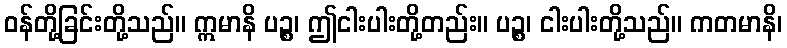
ဝန်တို့ခြင်းတို့သည်။ ဣမာနိ ပဉ္စ၊ ဤငါးပါးတို့တည်း။ ပဉ္စ၊ ငါးပါးတို့သည်။ ကတမာနိ၊